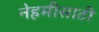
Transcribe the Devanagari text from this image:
नेहमीसाठी